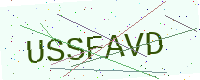
Text: USSFAVD